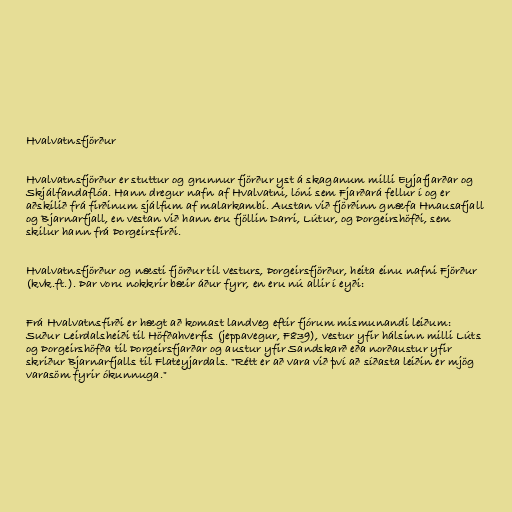
Hvalvatnsfjörður

Hvalvatnsfjörður er stuttur og grunnur fjörður yst á skaganum milli Eyjafjarðar og
Skjálfandaflóa. Hann dregur nafn af Hvalvatni, lóni sem Fjarðará fellur í og er
aðskilið frá firðinum sjálfum af malarkambi. Austan við fjörðinn gnæfa Hnausafjall
og Bjarnarfjall, en vestan við hann eru fjöllin Darri, Lútur, og Þorgeirshöfði, sem
skilur hann frá Þorgeirsfirði.

Hvalvatnsfjörður og næsti fjörður til vesturs, Þorgeirsfjörður, heita einu nafni Fjörður
(kvk.ft.). Þar voru nokkrir bæir áður fyrr, en eru nú allir í eyði:

Frá Hvalvatnsfirði er hægt að komast landveg eftir fjórum mismunandi leiðum:
Suður Leirdalsheiði til Höfðahverfis (jeppavegur, F839), vestur yfir hálsinn milli Lúts
og Þorgeirshöfða til Þorgeirsfjarðar og austur yfir Sandskarð eða norðaustur yfir
skriður Bjarnarfjalls til Flateyjardals. "Rétt er að vara við því að síðasta leiðin er mjög
varasöm fyrir ókunnuga."